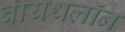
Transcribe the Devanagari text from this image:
बायथलॉन